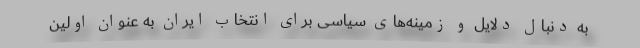
به دنبال دلایل و زمینه‌های سیاسی برای انتخاب ایران به عنوان اولین